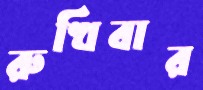
রুখিবার